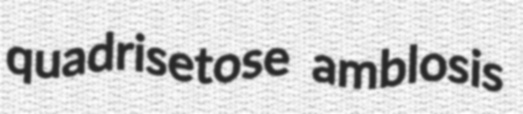
quadrisetose amblosis